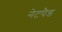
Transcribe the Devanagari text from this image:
नेटपैड